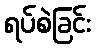
ရပ်စဲခြင်း